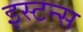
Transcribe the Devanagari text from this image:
इस्टन्स